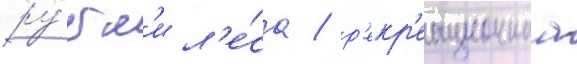
ру́бк'и л'е́са / р'екр'еационнаа